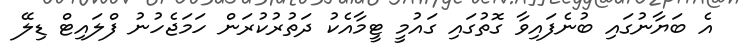
އެ ބަޔާނުގައި ބުނެފައިވާ ގޮތުގައި ގައުމީ ޓީމާއެކު ދަތުރުކުރަން ހަމަޖެހުނު ފްލައިޓް ޑިލޭ